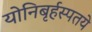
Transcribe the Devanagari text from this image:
योनिबृर्हस्पतये